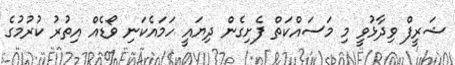
ޝަރީފް ވިދާޅުވީ މި މަސައްކަތް ފެށިގެން ދިޔައީ ހަމައެކަނި ވޯޑެއް އިތުރު ކުރުމުގެ